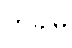
တခါမှ